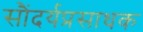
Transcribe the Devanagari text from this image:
सौंदर्यप्रसाधक